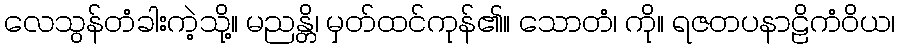
လေသွန်တံခါးကဲ့သို့။ မညန္တိ၊ မှတ်ထင်ကုန်၏။ သောတံ၊ ကို။ ရဇတပနာဠိကံဝိယ၊